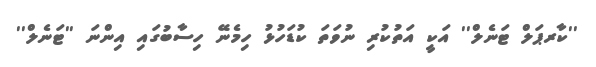
''ކާރޕަލް ޓަނެލް'' އަކީ އަތުކުރި ނުވަތަ ކުޑަހުޅު ހިމެނޭ ހިސާބުގައި އިންނަ ''ޓަނެލް''